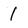
Character: 1